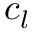
c _ { l }